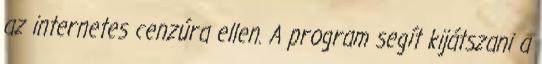
az internetes cenzúra ellen. A program segít kijátszani a